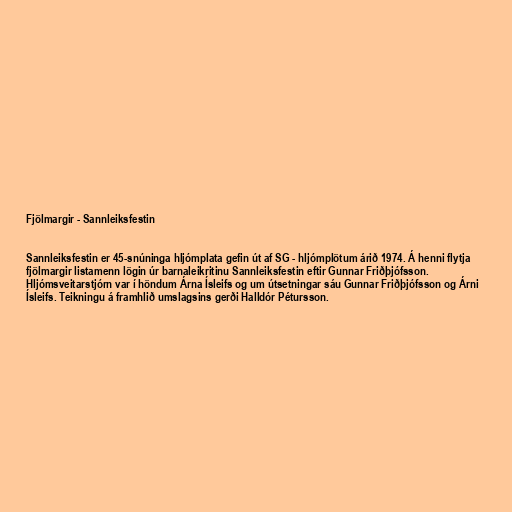
Fjölmargir - Sannleiksfestin

Sannleiksfestin er 45-snúninga hljómplata gefin út af SG - hljómplötum árið 1974. Á henni flytja
fjölmargir listamenn lögin úr barnaleikritinu Sannleiksfestin eftir Gunnar Friðþjófsson.
Hljómsveitarstjórn var í höndum Árna Ísleifs og um útsetningar sáu Gunnar Friðþjófsson og Árni
Ísleifs. Teikningu á framhlið umslagsins gerði Halldór Pétursson.